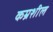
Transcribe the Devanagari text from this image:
कम्रशील